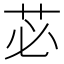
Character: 苾